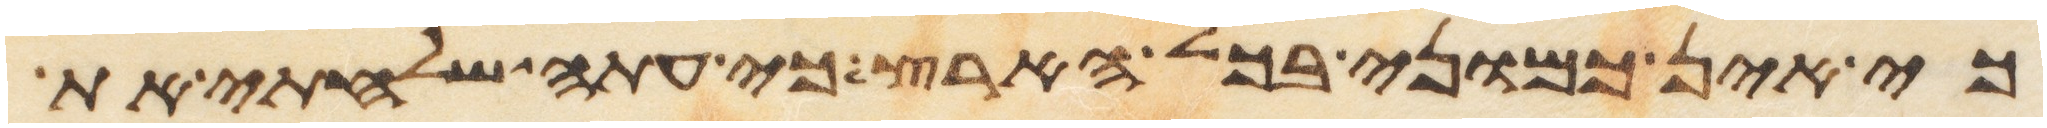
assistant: כי אין כמוני בכל הארץ כי עתה שלחתי את